Annual vaccination report of Bihar and Orissa - 1911-1928
Year: 1911
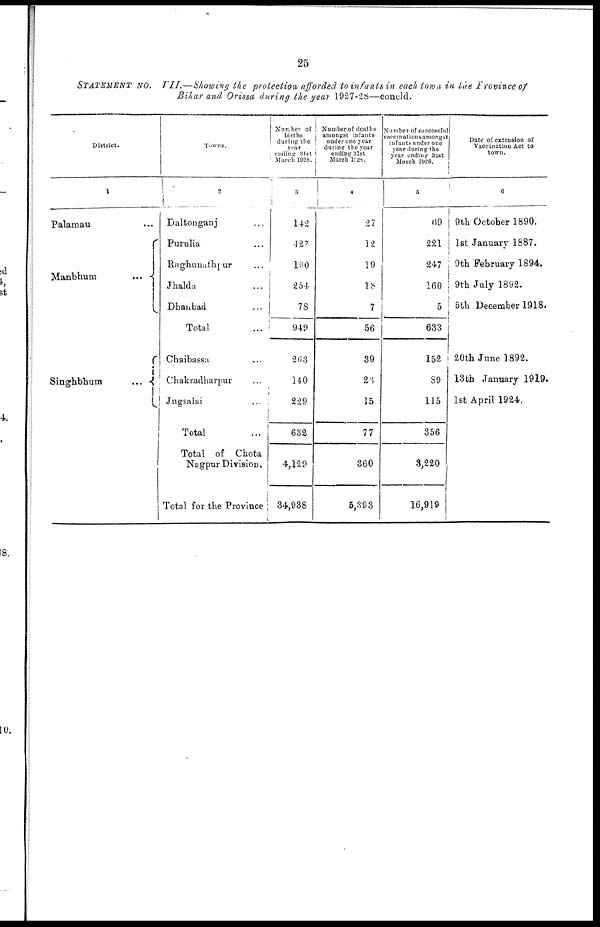
25
STATEMENT NO. VII.—Showing the protection afforded to infants in each town in the Province of
Bihar and Orissa during the year 1927-28—concld.
District.
1
Palamau ...
Manbhum
...
Singhbhum
...
Towns.
2
Daltonganj ...
Purulia ...
Raghunathpur ...
Jhalda ...
Dhanbad ...
Total ...
Chaibassa ...
Chakradharpur ...
Jugsalai ...
Total ...
Total of Chota
Nagpur Division.
Total for the Province
Number of
births
during the
year
ending 31st
March 1928.
3
142
427
190
254
78
949
263
140
229
632
4,129
34,938
Number of deaths
amongst infants
under one year
during the year
ending 31st
March 1928.
4
27
12
19
18
7
56
39
23
15
77
360
5,393
Number of successful
vaccinations amongst
infants under one
year during the
year ending 31st
March 1928.
5
69
221
247
160
5
633
152
89
115
356
3,220
16,919
Date of extension of
Vaccination Act to
town.
6
9th October 1890.
1st January 1887.
9th February 1894.
9th July 1892.
5th December 1918.
20th June 1892.
13th January 1919.
1st April 1924.